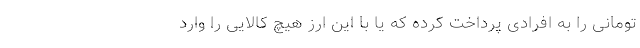
تومانی را به افرادی پرداخت کرده که یا با این ارز هیچ کالایی را وارد